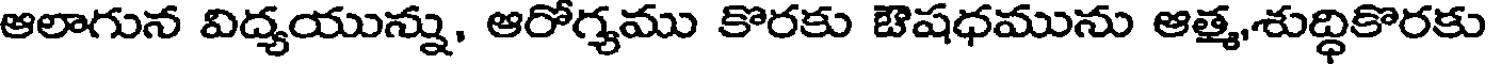
ఆలాగున విద్యయున్ను, ఆరోగ్యము కొరకు ఔషధమును ఆత్మ,శుద్ధికొరకు